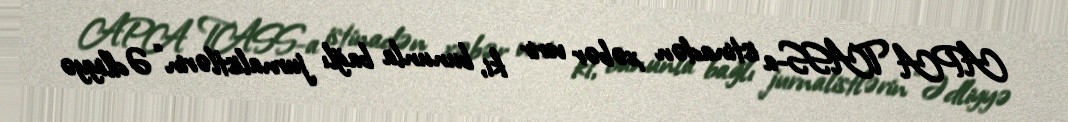
APA TASS-a istinadən xəbər verir ki, bununla bağlı jurnalistlərin “Ədliyyə